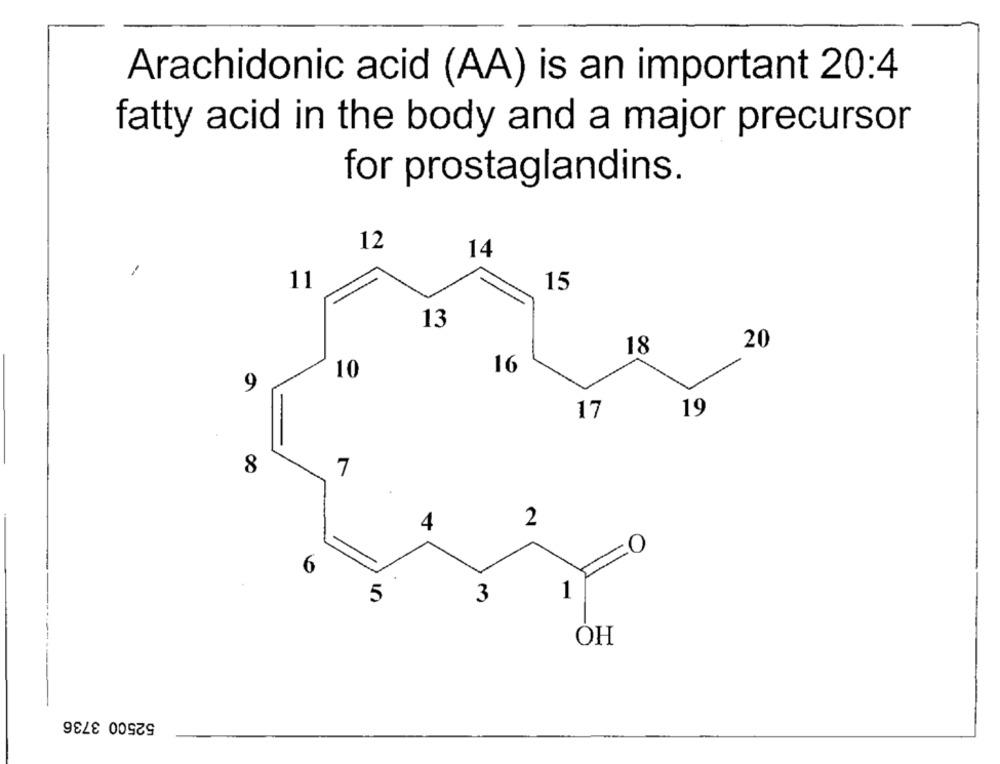
Arachidonic acid (AA) is an important 20:4
fatty acid in the body and a major precursor
for prostaglandins.
12
14
-
11
15
13
20
18
10
16
9
19
17
-
8
7
4
2
O
6
1
5
3
OH
52500 3736